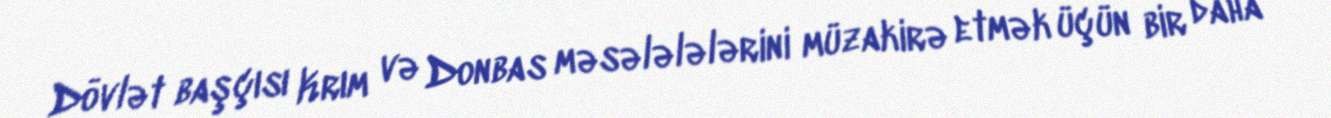
Dövlət başçısı Krım və Donbas məsələlələrini müzakirə etmək üçün bir daha